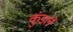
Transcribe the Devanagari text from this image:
कुंडलें